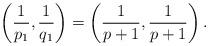
LaTeX: \begin{align*} \left(\frac{1}{p_1}, \frac{1}{q_1}\right) = \left(\frac{1}{p+1}, \frac{1}{p+1}\right).\end{align*}